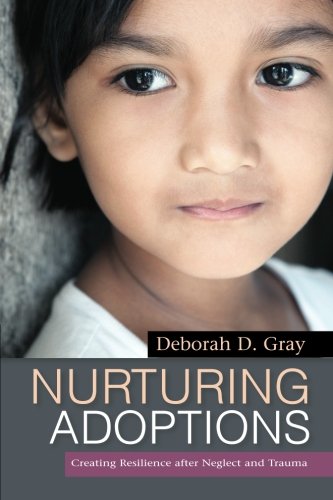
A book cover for Nurturing Adoptions: Creating Resilience After Neglect and Trauma; Deborah D. Gray; Parenting & Relationships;